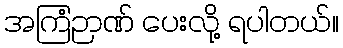
အကြံဉာဏ် ပေးလို့ ရပါတယ်။